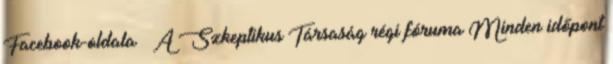
Facebook-oldala ↳ A Szkeptikus Társaság régi fóruma Minden időpont